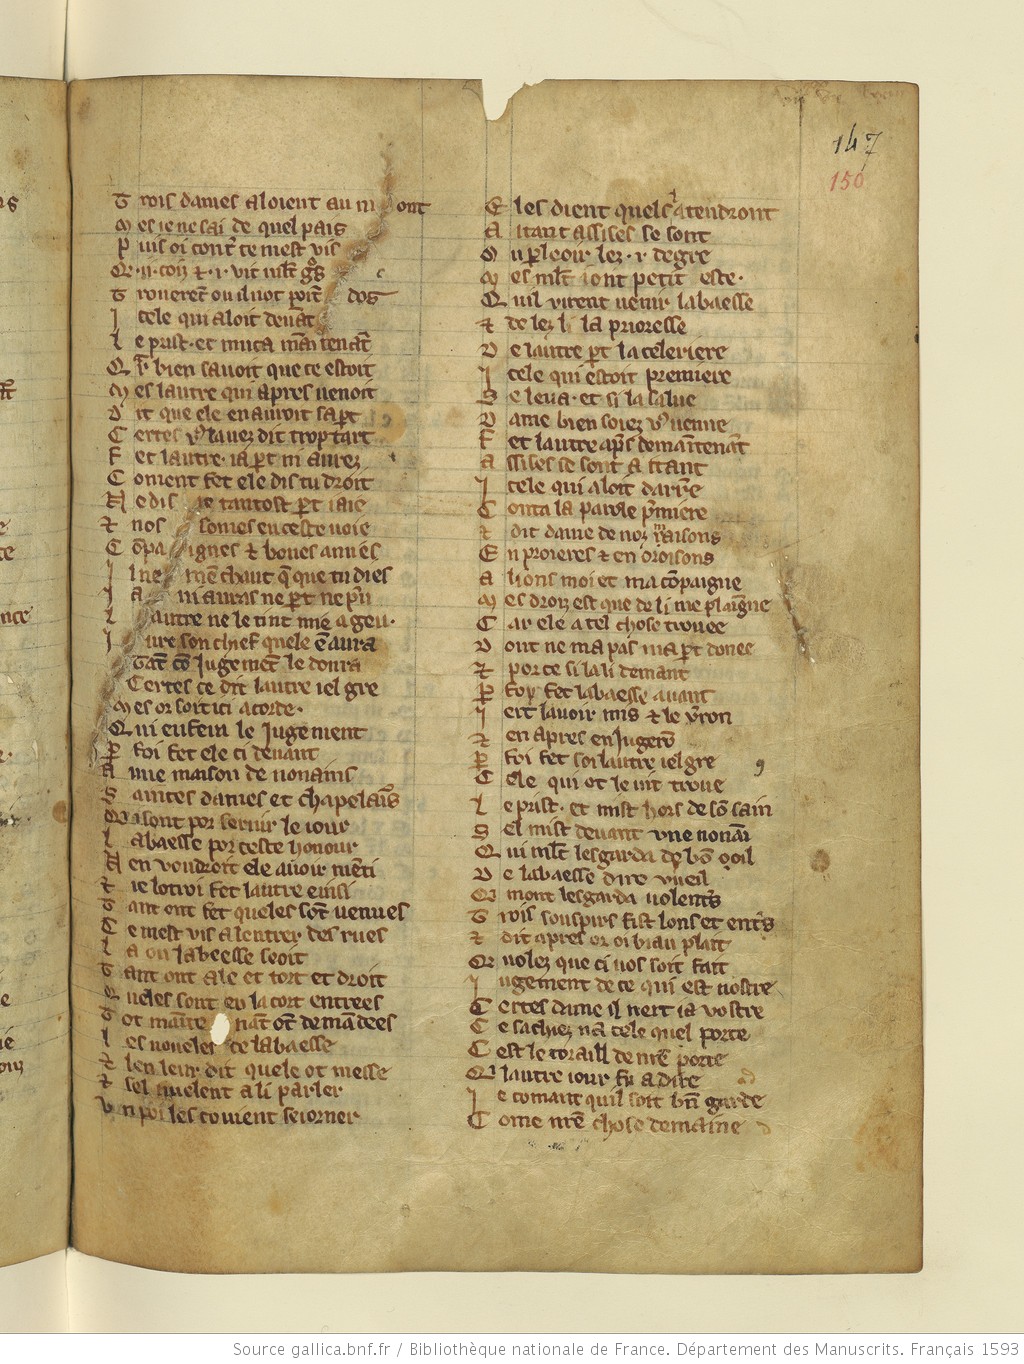
Shelfmark: Paris, BnF, fr. 1593
Century: 13